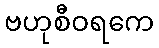
ဗဟုစီဝရကေ